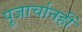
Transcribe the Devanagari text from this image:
पूजार्चानहीं